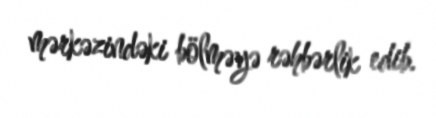
mərkəzindəki bölməyə rəhbərlik edib.